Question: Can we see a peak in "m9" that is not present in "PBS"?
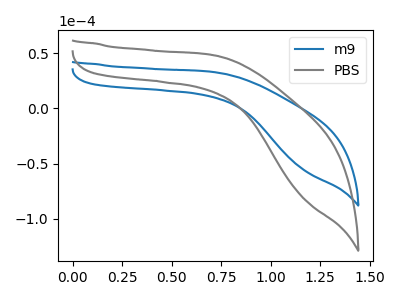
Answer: <think>The blue curve "m9" has no peaks. The gray curve "PBS" has no peaks.
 Neither "m9" or "PBS" have any peaks.</think>
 <answer>No, "m9" and "PBS" don't appear to be significantly different in shape</answer>
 <eval>no_change</eval>